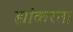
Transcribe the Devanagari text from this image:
ह्यांकरता